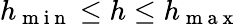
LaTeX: h_{\mathrm{~m~i~n~}}\leq h\leq h_{\mathrm{~m~a~x~}}